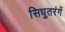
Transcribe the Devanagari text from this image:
सिधुतरंगें